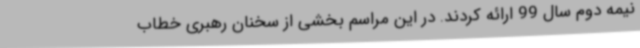
نیمه دوم سال 99 ارائه کردند. در این مراسم بخشی از سخنان رهبری خطاب